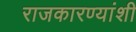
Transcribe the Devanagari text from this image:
राजकारण्यांशी